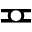
\eqcirc